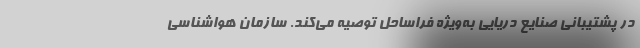
در پشتیبانی صنایع دریایی به‌ویژه فراساحل توصیه می‌کند. سازمان هواشناسی